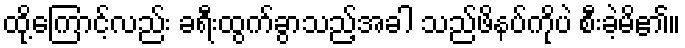
ထို့ကြောင့်လည်း ခရီးထွက်ခွာသည့်အခါ သည်ဖိနပ်ကိုပဲ စီးခဲ့မိ၏။